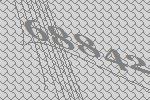
68842